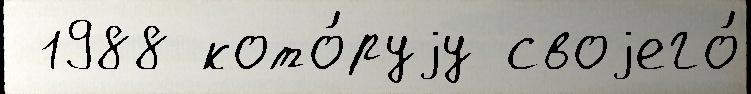
 1988 кото́руjу своjего́